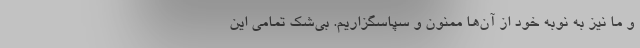
و ما نیز به نوبه خود از آن‌ها ممنون و سپاسگزاریم. بی‌شک تمامی این